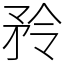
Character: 矝